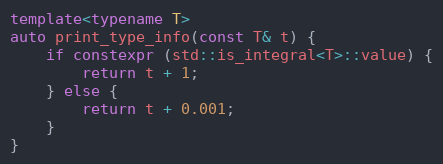
Language: C++
template<typename T>
auto print_type_info(const T& t) {
    if constexpr (std::is_integral<T>::value) {
        return t + 1;
    } else {
        return t + 0.001;
    }
}